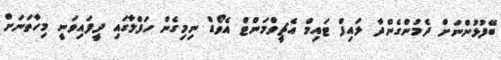
ބޭފުޅުންނަށް ދެމުންގެންދާ ލައިފް ޓައިމް އެޗީވްމަންޓް އެވޯޑް ނިމިގެން ހަފްލާގައި ދީފައިވަނީ މިހާތަނަށް